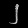
Digit: ၂